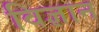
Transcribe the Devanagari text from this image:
विज्ञान